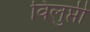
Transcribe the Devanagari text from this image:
विलुप्ती